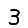
Digit: 3